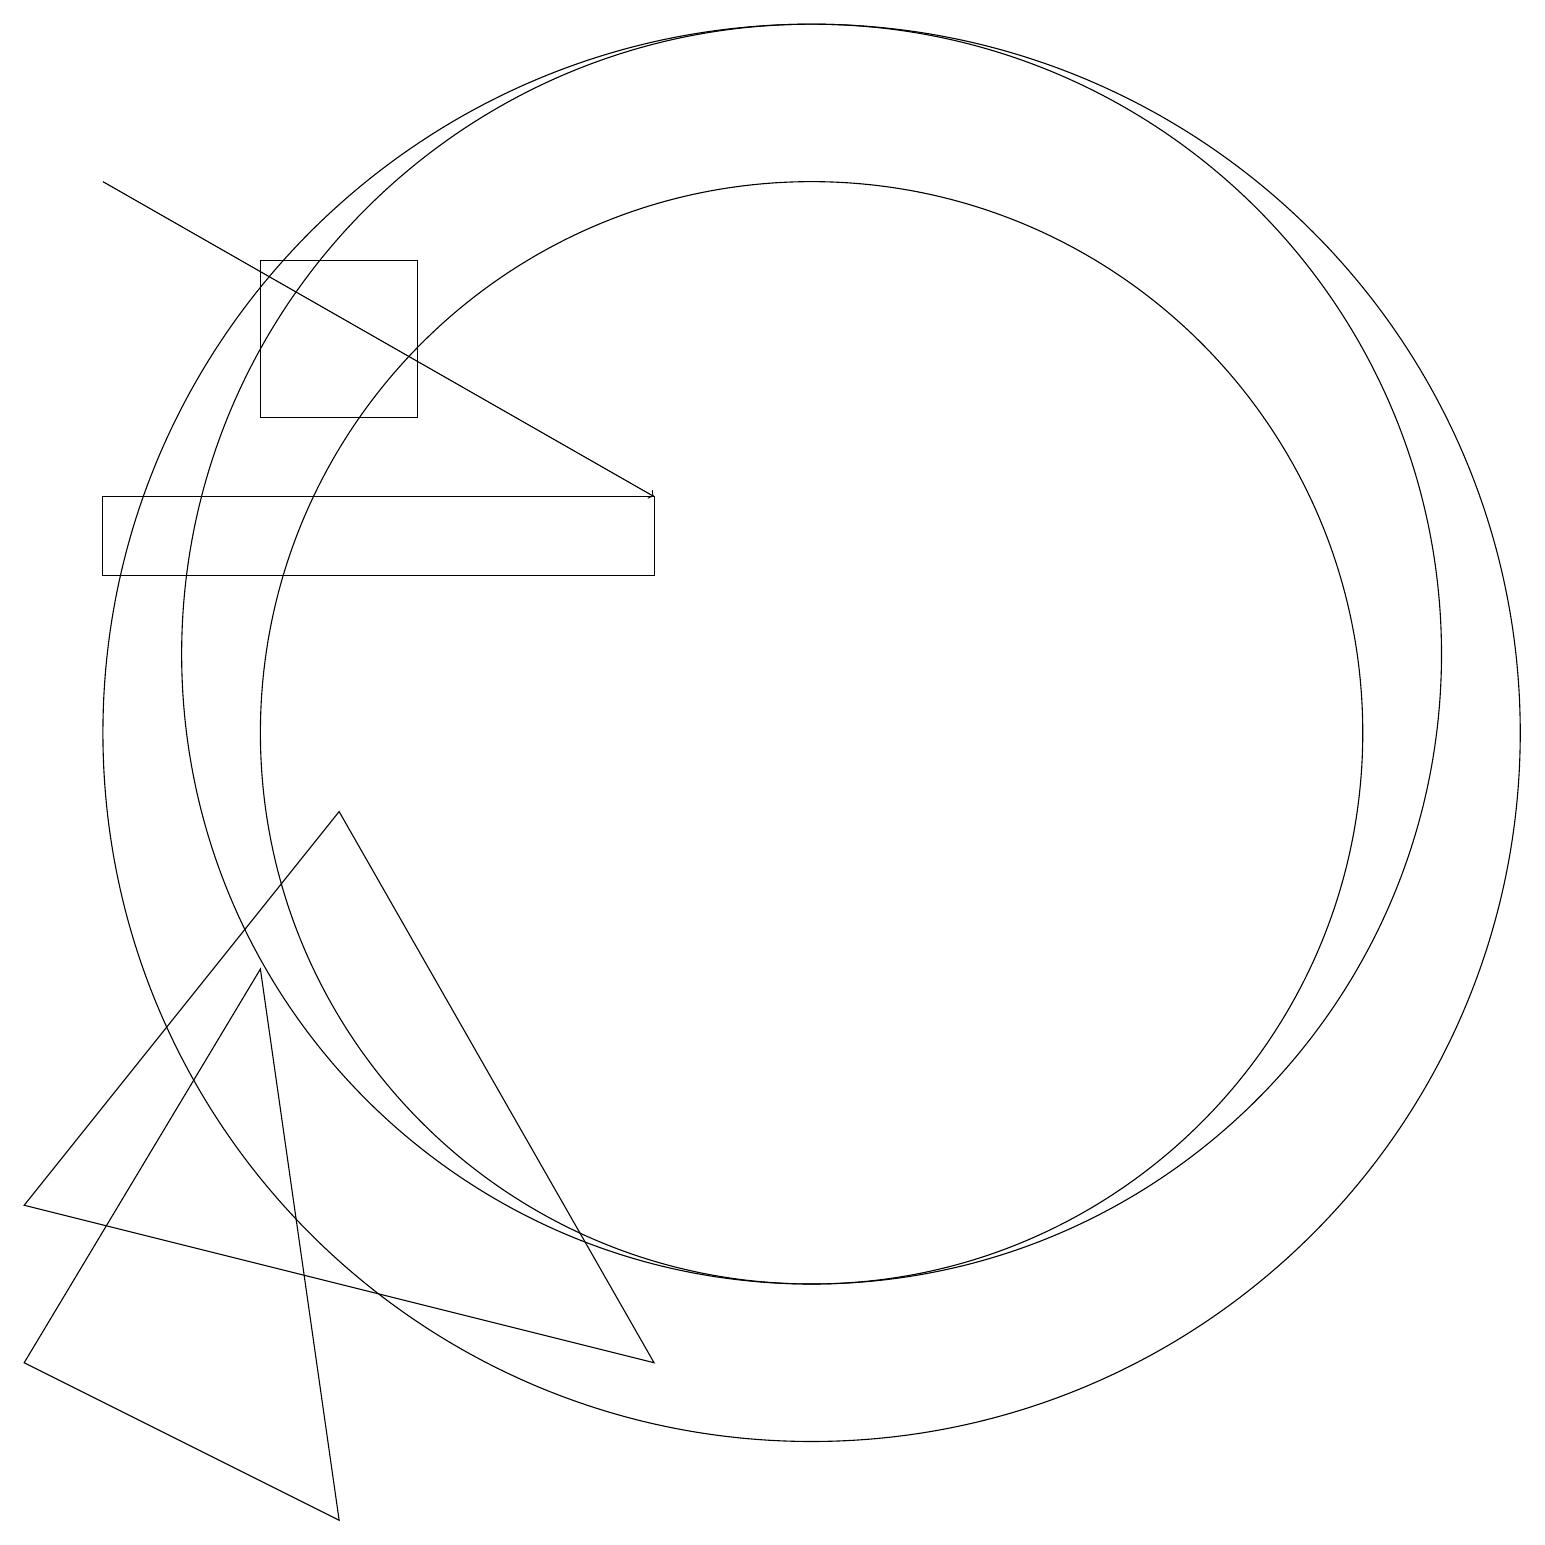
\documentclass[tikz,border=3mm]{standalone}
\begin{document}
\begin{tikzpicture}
\draw (4,0) -- (0,2) -- (3,7) -- cycle;
\draw (5,16) rectangle (3,14);
\draw (10,10) circle (7);
\draw (1,13) rectangle (8,12);
\draw (10,11) circle (8);
\draw (10,10) circle (9);
\draw (0,4) -- (4,9) -- (8,2) -- cycle;
\draw[->] (1,17) -- (8,13);
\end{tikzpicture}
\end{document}